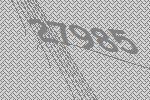
27985